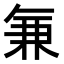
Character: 𭁐